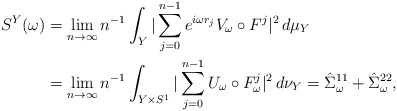
\begin{align*}S^Y(\omega) & =\lim_{n\to\infty}n^{-1}\int_Y|\sum_{j=0}^{n-1}e^{i\omega r_j}V_\omega\circ F^j|^2\,d\mu_Y \\ & =\lim_{n\to\infty}n^{-1}\int_{Y\times S^1}|\sum_{j=0}^{n-1}U_\omega\circ F_\omega^j|^2\,d\nu_Y=\hat\Sigma_\omega^{11}+\hat\Sigma_\omega^{22},\end{align*}